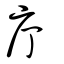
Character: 庁